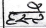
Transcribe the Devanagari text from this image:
हस्ते